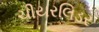
ચીયરલિડર